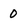
Character: 0